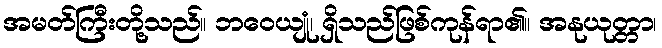
အမတ်ကြီးတို့သည်။ ဘဝေယျုံ၊ ရှိသည်ဖြစ်ကုန်ရာ၏။ အနုယုတ္တာ၊